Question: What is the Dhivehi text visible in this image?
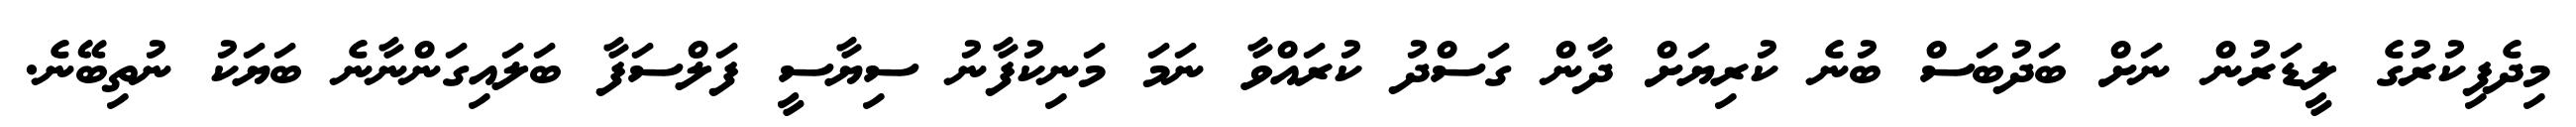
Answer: މިދެފިކުރުގެ ލީޑަރުން ނަށް ބަދުބަސް ބުނެ ކުރިޔަށް ދާން ގަސްދު ކުރައްވާ ނަމަ މަނިކުފާނު ސިޔާސީ ފަލްސަފާ ބަލައިގަންނާނެ ބަޔަކު ނުތިބޭނެ.